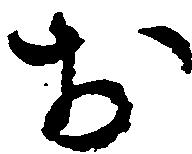
お